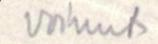
voinut